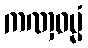
ကဏှဓမ္မံ